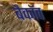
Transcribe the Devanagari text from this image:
बैकॉव